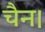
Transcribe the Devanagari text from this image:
चैन।